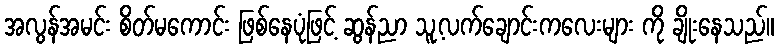
အလွန်အမင်း စိတ်မကောင်း ဖြစ်နေပုံဖြင့် ဆွန်ညာ သူ့လက်ချောင်းကလေးများ ကို ချိုးနေသည်။